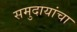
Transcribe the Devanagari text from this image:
समुदायांचा